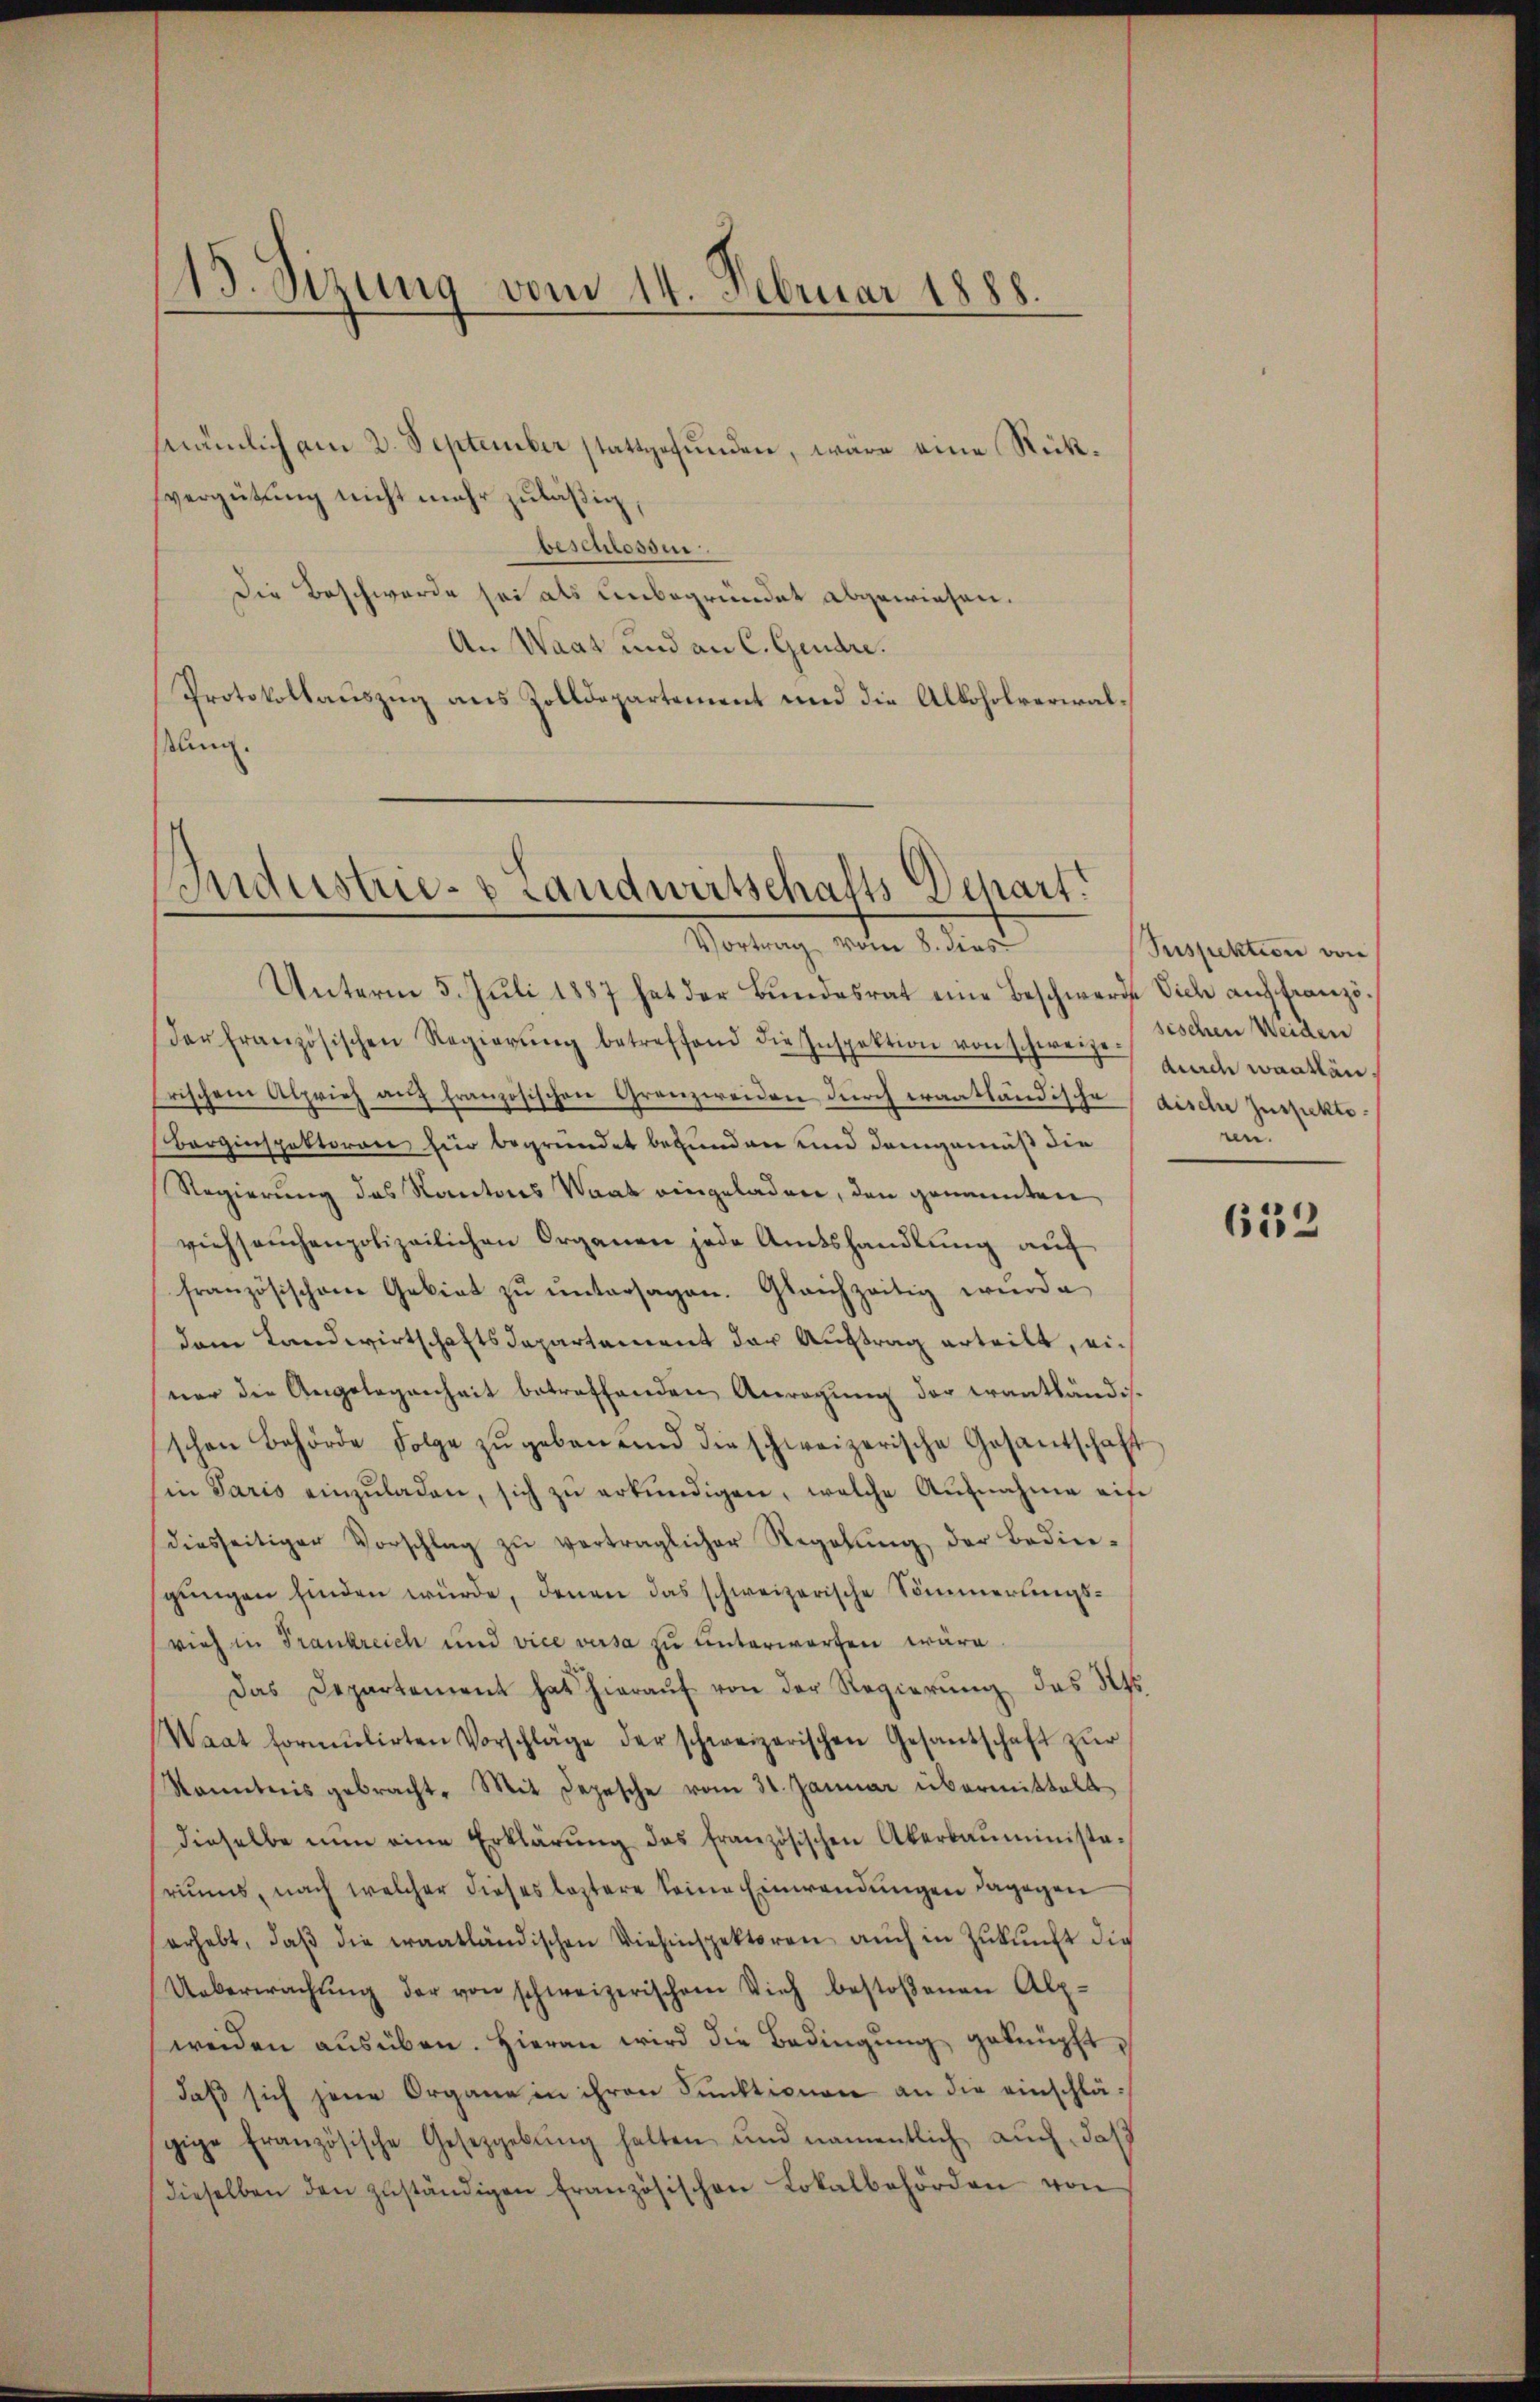
nämlich am 2. September stattgefunden, wäre eine Rückvergütung nicht mehr zuläßig,
beschlossen.
Die Beschwerde sei als unbegründet abgewiesen.
An Waat und an C. Gendre.
Protokollauszug aus Zolldepartement und die Alkoholverwallng.

15. Sizung vom 14. Februar 1888.

ndustrie- & Landwirtschafts-Depart.
Vortrag vom 8. dies

Unterm 5. Juli 1887 hat der Bundesrat eine Beschwerde Vich auf Franzöder französischen Regierŭng betreffend die Inspektion von schweizerischen Weiden
rischem Alprieh auf französischen Granzweiden durch erantländische dische Zustickte
Borginspektoren hier begründet befunden und demgemäß die
Regierung des Kantons Saat eingeladen, den genannten
viehseuchenpolizeilichen Organen jede Amtshandlŭng aŭf
französischen Gebiet zŭ ŭntersagen. Gleichzeitig würde
dem Landwirtschaftsdepartement der Auftrag erteilt, einer die Angelegenheit betreffenden Anregŭng der erantländis-
schen Behörde Folge zŭ geben und die schweizerische Gesantschaft
in Paris einzŭladen, sich zŭ erkŭndigen, welche Aŭfnahme eife
diesseitiger Vorschlag zŭ verträglicher Regelŭng der Bedin-
gŭngen finden würde, denen das schweizerische Sömmerungsvieh in Frankreich und vice versa zu unterworfen wäre
Das Departement hat hieraŭf von der Regierŭng des St.
Waat formŭlirten Vorschläge der schweizerischen Gesantschaft zŭr
Kenntnis gebracht. Mit Depesche vom 31. Januar übermittelt
dieselbe nun eine Erklärŭng das französischen Aberbaŭminista-
rius, nach welcher dieses leztere keine Einwendungen dagegen
erhebt, daβ die Fraatländischen Viehinspektoren aŭch in Zŭkŭnft die
Ueberwachŭng der von schweizerischem Vieh bestoßenen Alp-
weiden aŭsüben. Hieran wird die Bedingŭng geknüpft,
daβ sich jene Organe in ihren Funktionen an die einschlägige Französische Gesetzgebŭng halten und namentlich auch, daß
dieselben den zŭständigen Französischen Lokalbehörden von

Suspektion von
durch warthan.
en.

633